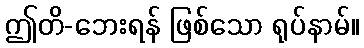
ဤတိ-ဘေးရန် ဖြစ်သော ရုပ်နာမ်။